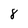
Character: 8